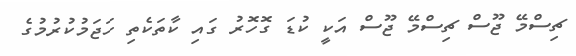
ޗިސްމޭ ޖޫސް ޗިސްމޭ ޖޫސް އަކީ ކުޑަ ގޮހޮރު ގައި ކާތަކެތި ހަޖަމުކުރުމުގެ